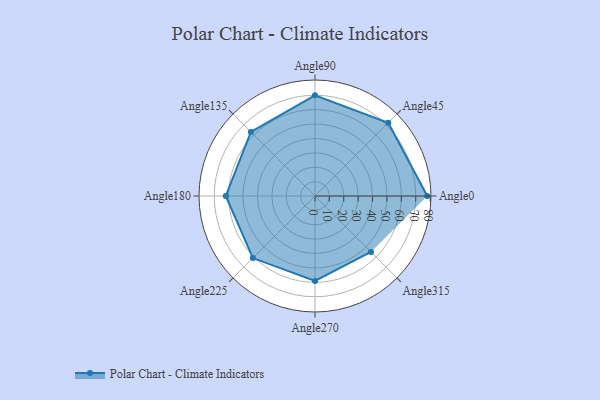
{"axis": {"x": "Angle", "y": "Radius"}, "legend": [""], "data": [{"x": "Angle0", "y": 78.0, "type": ""}, {"x": "Angle45", "y": 72.0, "type": ""}, {"x": "Angle90", "y": 70.0, "type": ""}, {"x": "Angle135", "y": 63.0, "type": ""}, {"x": "Angle180", "y": 62.0, "type": ""}, {"x": "Angle225", "y": 61.0, "type": ""}, {"x": "Angle270", "y": 59.0, "type": ""}, {"x": "Angle315", "y": 55.0, "type": ""}]}